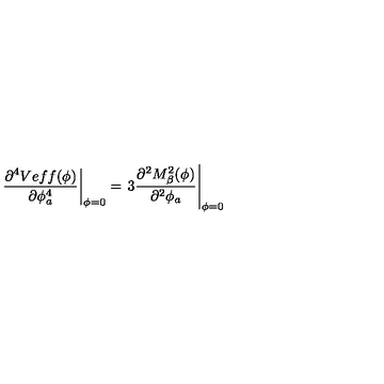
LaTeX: \left. \frac { \partial ^ { 4 } V e f f ( \phi ) } { \partial \phi _ { a } ^ { 4 } } \right| _ { \phi = 0 } = \left. 3 \frac { \partial ^ { 2 } M _ { \beta } ^ { 2 } ( \phi ) } { \partial ^ { 2 } \phi _ { a } } \right| _ { \phi = 0 }